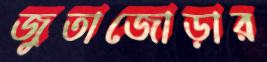
জুতাজোড়ার